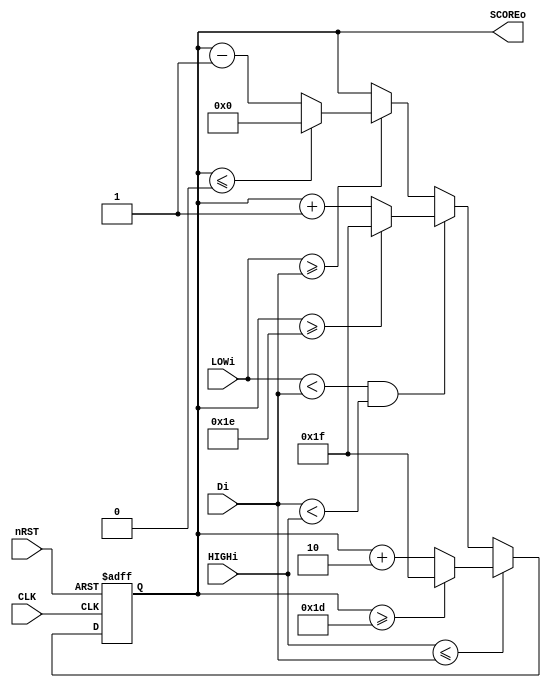
module Score_Cal (nRST, CLK, Di, LOWi, HIGHi, SCOREo);

input CLK, nRST;
input [7:0] Di, LOWi, HIGHi;
output [7:0] SCOREo;

reg [7:0] SCOREo = 0;

always @(posedge CLK, negedge nRST) begin
	if(!nRST) begin
		SCOREo = 8'b0;
	end
	else if(HIGHi <= Di) begin
		if(SCOREo >= 29) begin
			SCOREo = 31;
		end
		else begin
			SCOREo = SCOREo + 2;
		end
	end
	else if((LOWi < Di) && (Di < HIGHi)) begin
		if(SCOREo >= 30) begin
			SCOREo = 31;
		end
		else begin
			SCOREo = SCOREo + 1;
		end
	end
	else if(LOWi >= Di) begin
		if(SCOREo <= 0) begin
			SCOREo = 0;
		end
		else begin
			SCOREo = SCOREo - 1;
		end
	end
end

endmodule